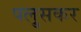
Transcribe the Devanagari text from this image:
पलु्सकर